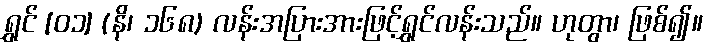
ရွှင် [၀၁] (နိ၊ ၁၆၈) လန်းအပြားအားဖြင့်ရွှင်လန်းသည်။ ဟုတွာ၊ ဖြစ်၍။